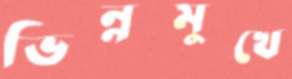
ভিন্নমুখে